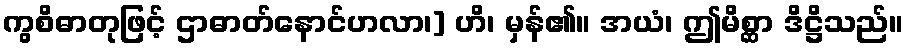
ကွစိဓာတုဖြင့် ဌာဓာတ်နောင်ဟလာ၊] ဟိ၊ မှန်၏။ အယံ၊ ဤမိစ္ဆာ ဒိဋ္ဌိသည်။